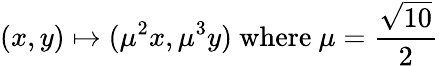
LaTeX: (x,y)\mapsto(\mu^{2}x,\mu^{3}y){\mathrm{~where~}}\mu={\frac{\sqrt{10}}{2}}